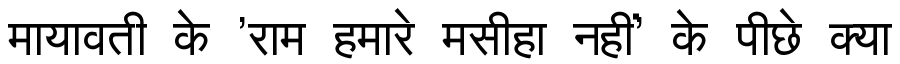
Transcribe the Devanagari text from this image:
मायावती के 'राम हमारे मसीहा नहीं' के पीछे क्या